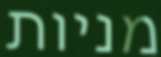
מניות